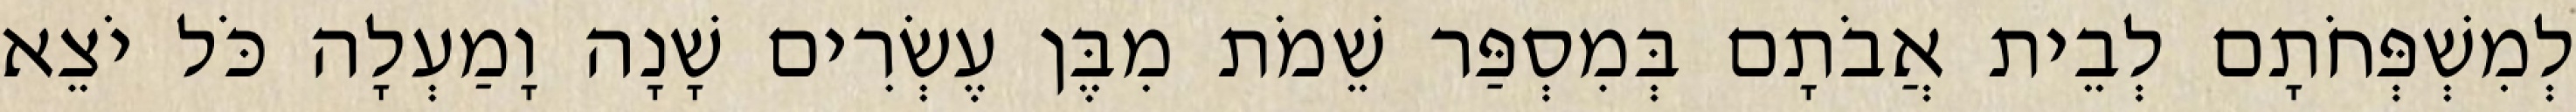
לְמִשְׁפְּחֹתָם לְבֵית אֲבֹתָם בְּמִסְפַּר שֵׁמֹת מִבֶּן עֶשְׂרִים שָׁנָה וָמַעְלָה כֹּל יֹצֵא